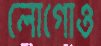
লোগোও